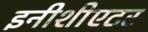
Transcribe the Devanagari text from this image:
इनीशीएटर